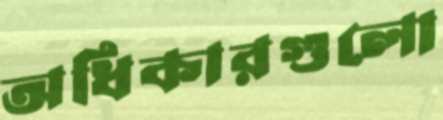
অধিকারগুলো